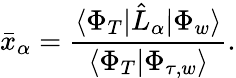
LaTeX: \bar{x}_{\alpha}=\frac{\langle\Phi_{T}|\hat{L}_{\alpha}|\Phi_{w}\rangle}{\langle\Phi_{T}|\Phi_{\tau,w}\rangle}.